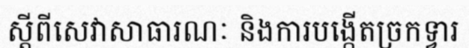
ស្តីពីសេវាសាធារណៈ និងការបង្កើតច្រកទ្វារ